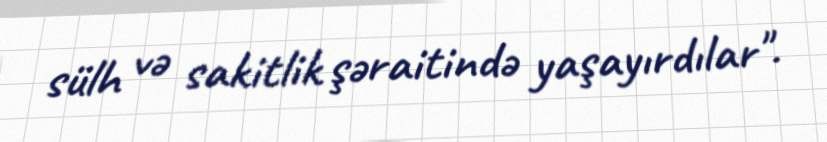
sülh və sakitlik şəraitində yaşayırdılar".